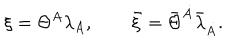
LaTeX: \xi = \Theta ^ { A } { \lambda } _ { A } , \qquad \bar { \xi } = \bar { \Theta } ^ { \dot { A } } \bar { \lambda } _ { \dot { A } } .